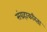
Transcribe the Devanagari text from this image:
संग्रहाकरिता